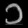
Digit: ၁